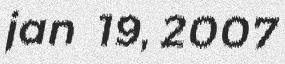
jan 19, 2007